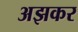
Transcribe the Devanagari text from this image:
अझकर